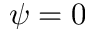
\psi = 0